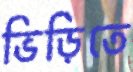
ভিড়িতে